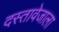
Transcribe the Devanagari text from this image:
दस्तावेजाला